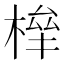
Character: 𣕀